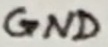
Text: GND